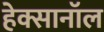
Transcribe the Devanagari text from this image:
हेक्सानॉल